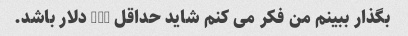
بگذار ببینم من فکر می کنم شاید حداقل 600 دلار باشد.